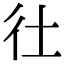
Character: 𢓂